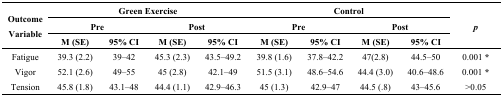
| <ROWSPAN=3> Outcome Variable | <COLSPAN=4> Green Exercise | <COLSPAN=4> Control | <ROWSPAN=3> p |
 | <COLSPAN=2> Pre | <COLSPAN=2> Post | <COLSPAN=2> Pre | <COLSPAN=2> Post |
 | M (SE) | 95% CI | M (SE) | 95% CI | M (SE) | 95% CI | M (SE) | 95% CI |
 | --- | --- | --- | --- | --- | --- | --- | --- | --- | --- |
 | Fatigue | 39.3 (2.2) | 39–42 | 45.3 (2.3) | 43.5–49.2 | 39.8 (1.6) | 37.8–42.2 | 47(2.8) | 44.5–50 | 0.001 * |
 | Vigor | 52.1 (2.6) | 49–55 | 45 (2.8) | 42.1–49 | 51.5 (3.1) | 48.6–54.6 | 44.4 (3.0) | 40.6–48.6 | 0.001 * |
 | Tension | 45.8 (1.8) | 43.1–48 | 44.4 (1.1) | 42.9–46.3 | 45 (1.3) | 42.9–47 | 44.5 (.8) | 43–45.6 | >0.05 |